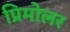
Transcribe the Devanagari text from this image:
प्रिमोलर